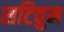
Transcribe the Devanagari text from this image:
सटिवुम